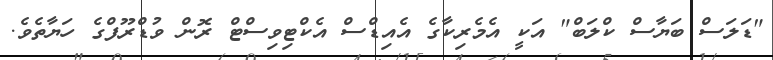
"ޑަލަސް ބަޔާސް ކްލަބް" އަކީ އެމެރިކާގެ އެއިޑްސް އެކްޓިވިސްޓް ރޮން ވުޑްރޫފްގެ ހަޔާތެވެ.